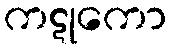
ကဋုကော